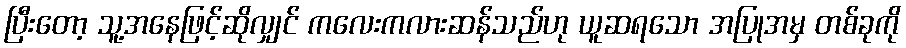
ပြီးတော့ သူ့အနေဖြင့်ဆိုလျှင် ကလေးကလားဆန်သည်ဟု ယူဆရသော အပြုအမှ တစ်ခုကို